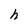
Character: h